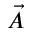
\vec { A }